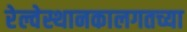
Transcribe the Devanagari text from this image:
रेल्वेस्थानकालगतच्या